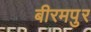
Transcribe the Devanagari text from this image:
बीरमपुर